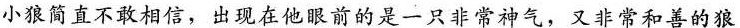
小狼简直不敢相信，出现在他眼前的是一只非常神气，又非常和善的狼